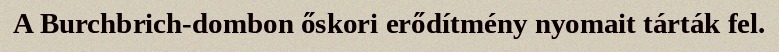
A Burchbrich-dombon őskori erődítmény nyomait tárták fel.